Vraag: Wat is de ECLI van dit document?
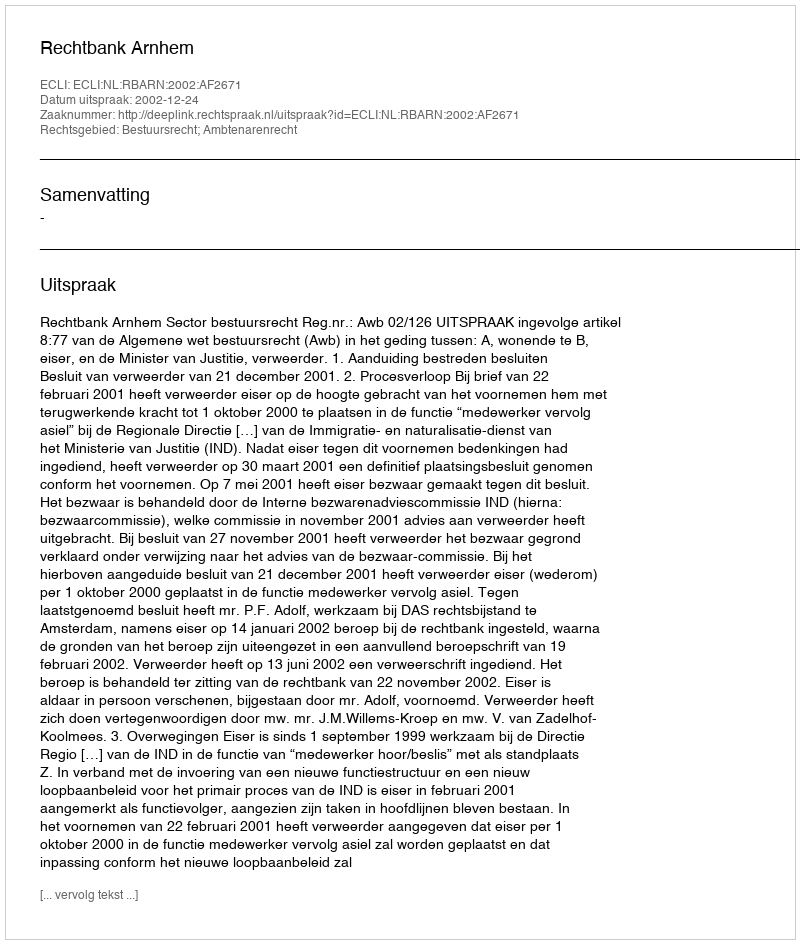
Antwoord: ECLI:NL:RBARN:2002:AF2671